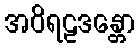
အဝိရဠဒန္တော